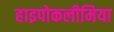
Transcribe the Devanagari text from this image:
हाइपोकलीमिया